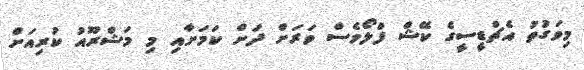
މިވަގުތު އެޗްޑީސީގެ ކޭޝް ފްލޯވެސް ވަރަށް ދަށް ކަމަށާއި މި މަޝްރޫއު ކުރިއަށް